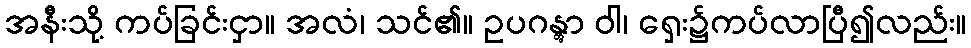
အနီးသို့ ကပ်ခြင်းငှာ။ အလံ၊ သင်၏။ ဥပဂန္တွာ ဝါ၊ ရှေး၌ကပ်လာပြီ၍လည်း။